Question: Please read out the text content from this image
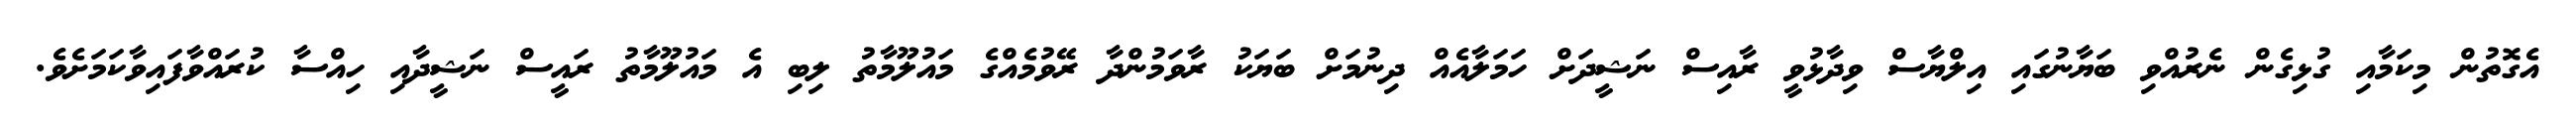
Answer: އެގޮތުން މިކަމާއި ގުޅިގެން ނެރުއްވި ބަޔާނުގައި އިލްޔާސް ވިދާޅުވީ ރާއިސް ނަޝީދަށް ހަމަލާއެއް ދިނުމަށް ބަޔަކު ރާވަމުންދާ ރޭވުމެއްގެ މައުލޫމާތު ލިބި އެ މައުލޫމާތު ރައީސް ނަޝީދާއި ހިއްސާ ކުރައްވާފައިވާކަމަށެވެ.